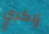
زاكري